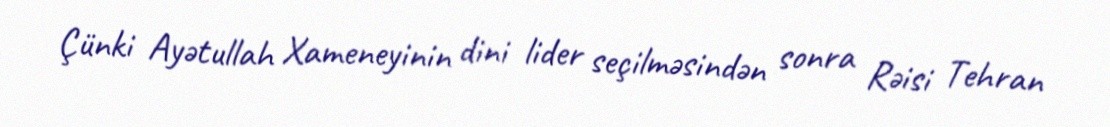
Çünki Ayətullah Xameneyinin dini lider seçilməsindən sonra Rəisi Tehran